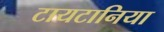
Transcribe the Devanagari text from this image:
टायटानिया